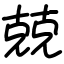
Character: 兢